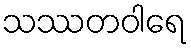
သဿတဝါရေ